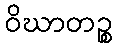
ဝိဃာတဉ္စ